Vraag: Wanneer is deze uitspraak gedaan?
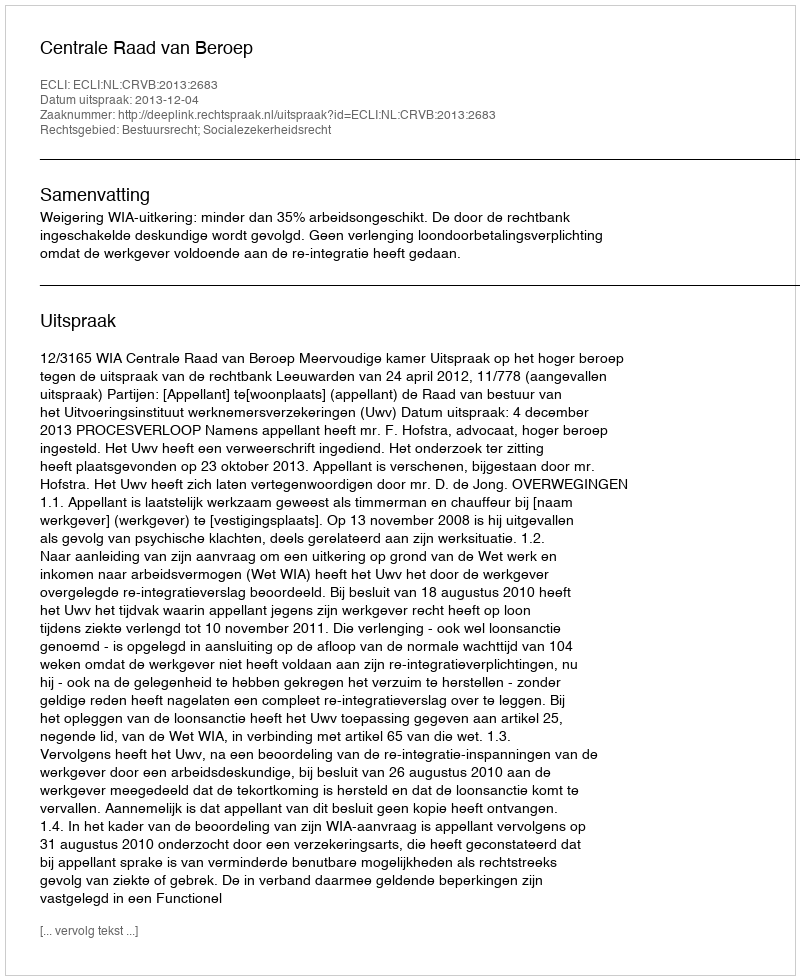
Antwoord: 2013-12-04